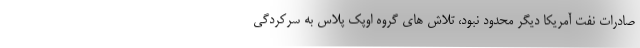
صادرات نفت آمریکا دیگر محدود نبود، تلاش های گروه اوپک پلاس به سرکردگی